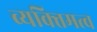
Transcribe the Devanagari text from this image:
व्यक्‍तिमत्व